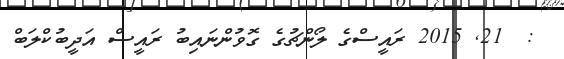
:  21